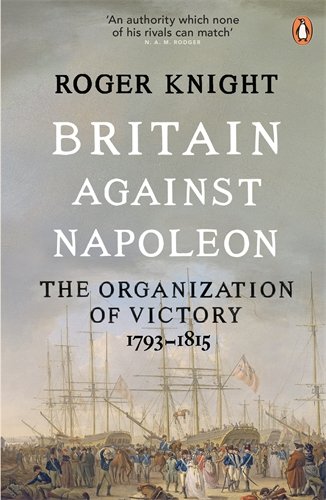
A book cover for Britain Against Napoleon: The Organization Of Victory; 1793-1815; Roger Knight; History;